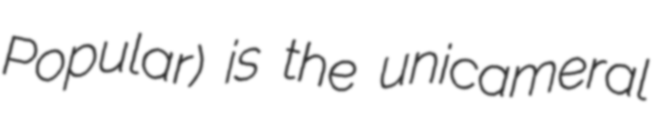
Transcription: Popular) is the unicameral